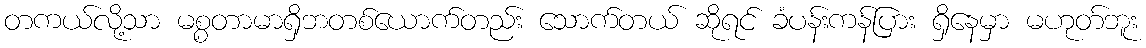
တကယ်လို့သာ မစ္စတာမာရှိဘတစ်ယောက်တည်း သောက်တယ် ဆိုရင် ခံပန်းကန်ပြား ရှိနေမှာ မဟုတ်ဘူး